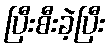
ပြီးစီးခဲ့ပြီး